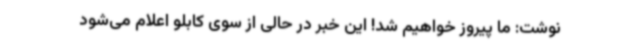
نوشت: ما پیروز خواهیم شد! این خبر در حالی از سوی کابلو اعلام می‌شود